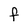
Character: F